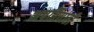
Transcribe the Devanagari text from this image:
भपतियाही